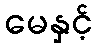
မေနှင့်